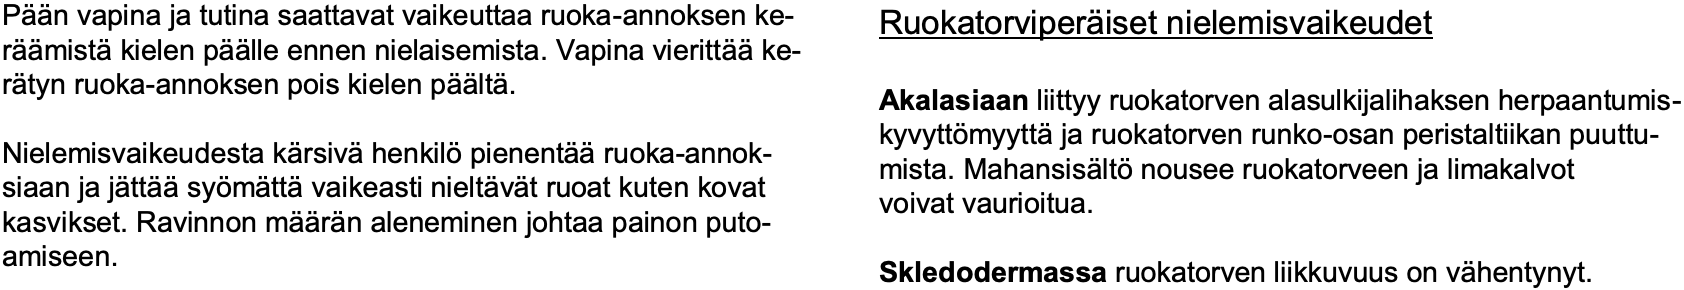
Pään vapina ja tutina saattavat vaikeuttaa ruoka-annoksen ke- Ruokatorviperäiset nielemisvaikeudet räämistäkielen päälle ennen nielaisemista. Vapina vierittääke- rätyn ruoka-annoksen pois kielen päältä. Akalasiaanliittyy ruokatorven alasulkijalihaksen herpaantumis- kyvyttömyyttäja ruokatorven runko-osan peristaltiikan puuttu- Nielemisvaikeudesta kärsivähenkilöpienentääruoka-annok- mista. Mahansisältönousee ruokatorveen ja limakalvot siaan ja jättääsyömättävaikeasti nieltävät ruoat kuten kovat voivat vaurioitua. kasvikset. Ravinnon määrän aleneminen johtaa painon puto- amiseen. Skledodermassaruokatorven liikkuvuus on vähentynyt.